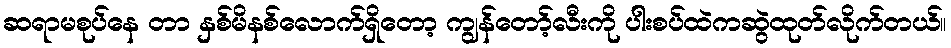
ဆရာမစုပ်နေ တာ နှစ်မိနစ်လောက်ရှိတော့ ကျွန်တော့်လီးကို ပါးစပ်ထဲကဆွဲထုတ်လိုက်တယ်။